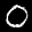
Label: 0